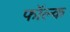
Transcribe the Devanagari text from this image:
फॉल्क